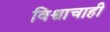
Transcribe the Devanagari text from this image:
विश्वाचाही